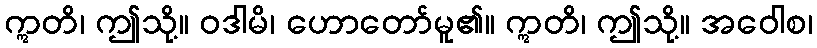
ဣတိ၊ ဤသို့။ ဝဒါမိ၊ ဟောတော်မူ၏။ ဣတိ၊ ဤသို့။ အဝေါစ၊